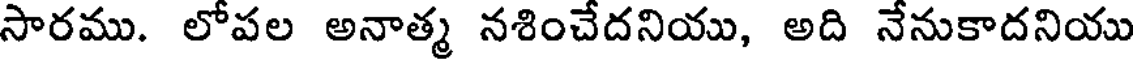
సారము. లోపల అనాత్మ నశించేదనియు, అది నేనుకాదనియు